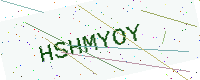
Text: HSHMYOY